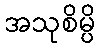
အသုစိမ္ပိ